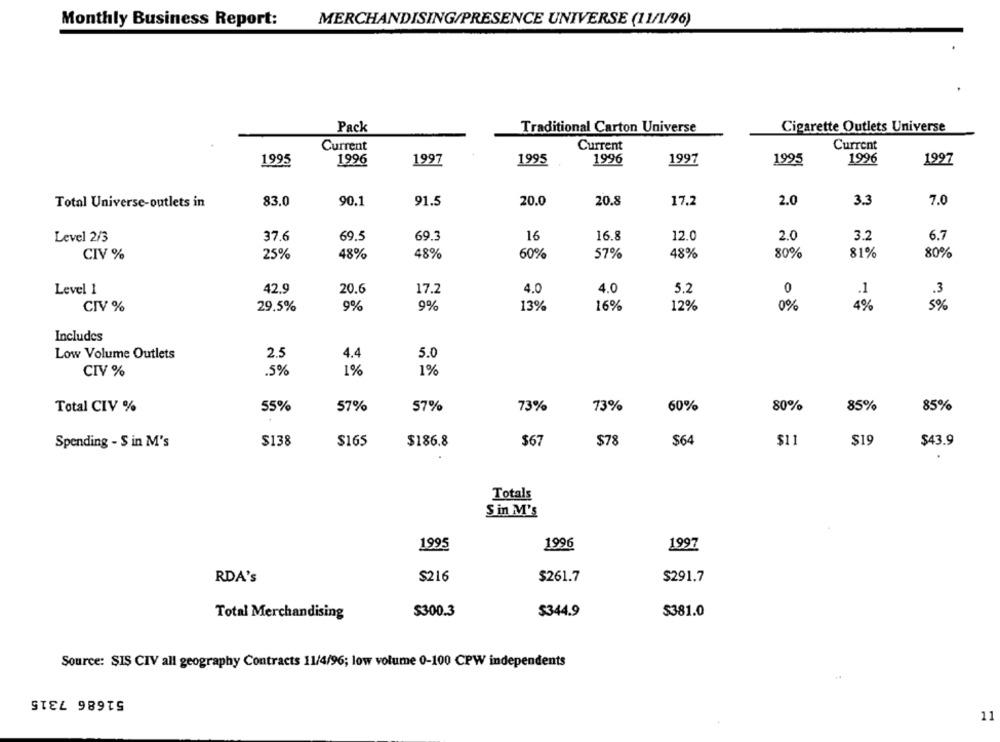
Monthly Business Report:
MERCHANDISING/PRESENCE UNIVERSE (11/1/96)
Pack
Traditional Carton Universe
Cigarette Outlets Universe
Current
Current
Current
1995
1996
1997
1995
1996
1997
1995
1996
1997
90.1
91.5
20.8
7.0
Total Universe-outlets in
83.0
20.0
17.2
2.0
3.3
Level 2/3
37.6
69.5
69.3
16
16.8
12.0
2.0
3.2
6.7
81%
80%
CIV %
25%
48%
48%
60%
57%
48%
80%
42.9
20.6
4.0
4.0
5,2
0
Level 1
17.2
.1
.3
CIV %
29.5%
9%
9%
13%
16%
12%
0%
4%
5%
Includes
Low Volume Outlets
2.5
4.4
5.0
.5%
1%
1%
CIV %
Total CIV %
55%
57%
57%
73%
73%
60%
80%
85%
85%
Spending - S in M's
$138
$165
$186.8
$67
$78
$64
$11
$19
$43.9
Totals
Sin M's
1995
1996
1997
RDA's
$216
$261.7
$291.7
Total Merchandising
$300.3
$344.9
$381.0
Source: SIS CIV all geography Contracts 11/4/96; low volume 0-100 CPW independents
51686 7315
11